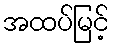
အထပ်မြင့်